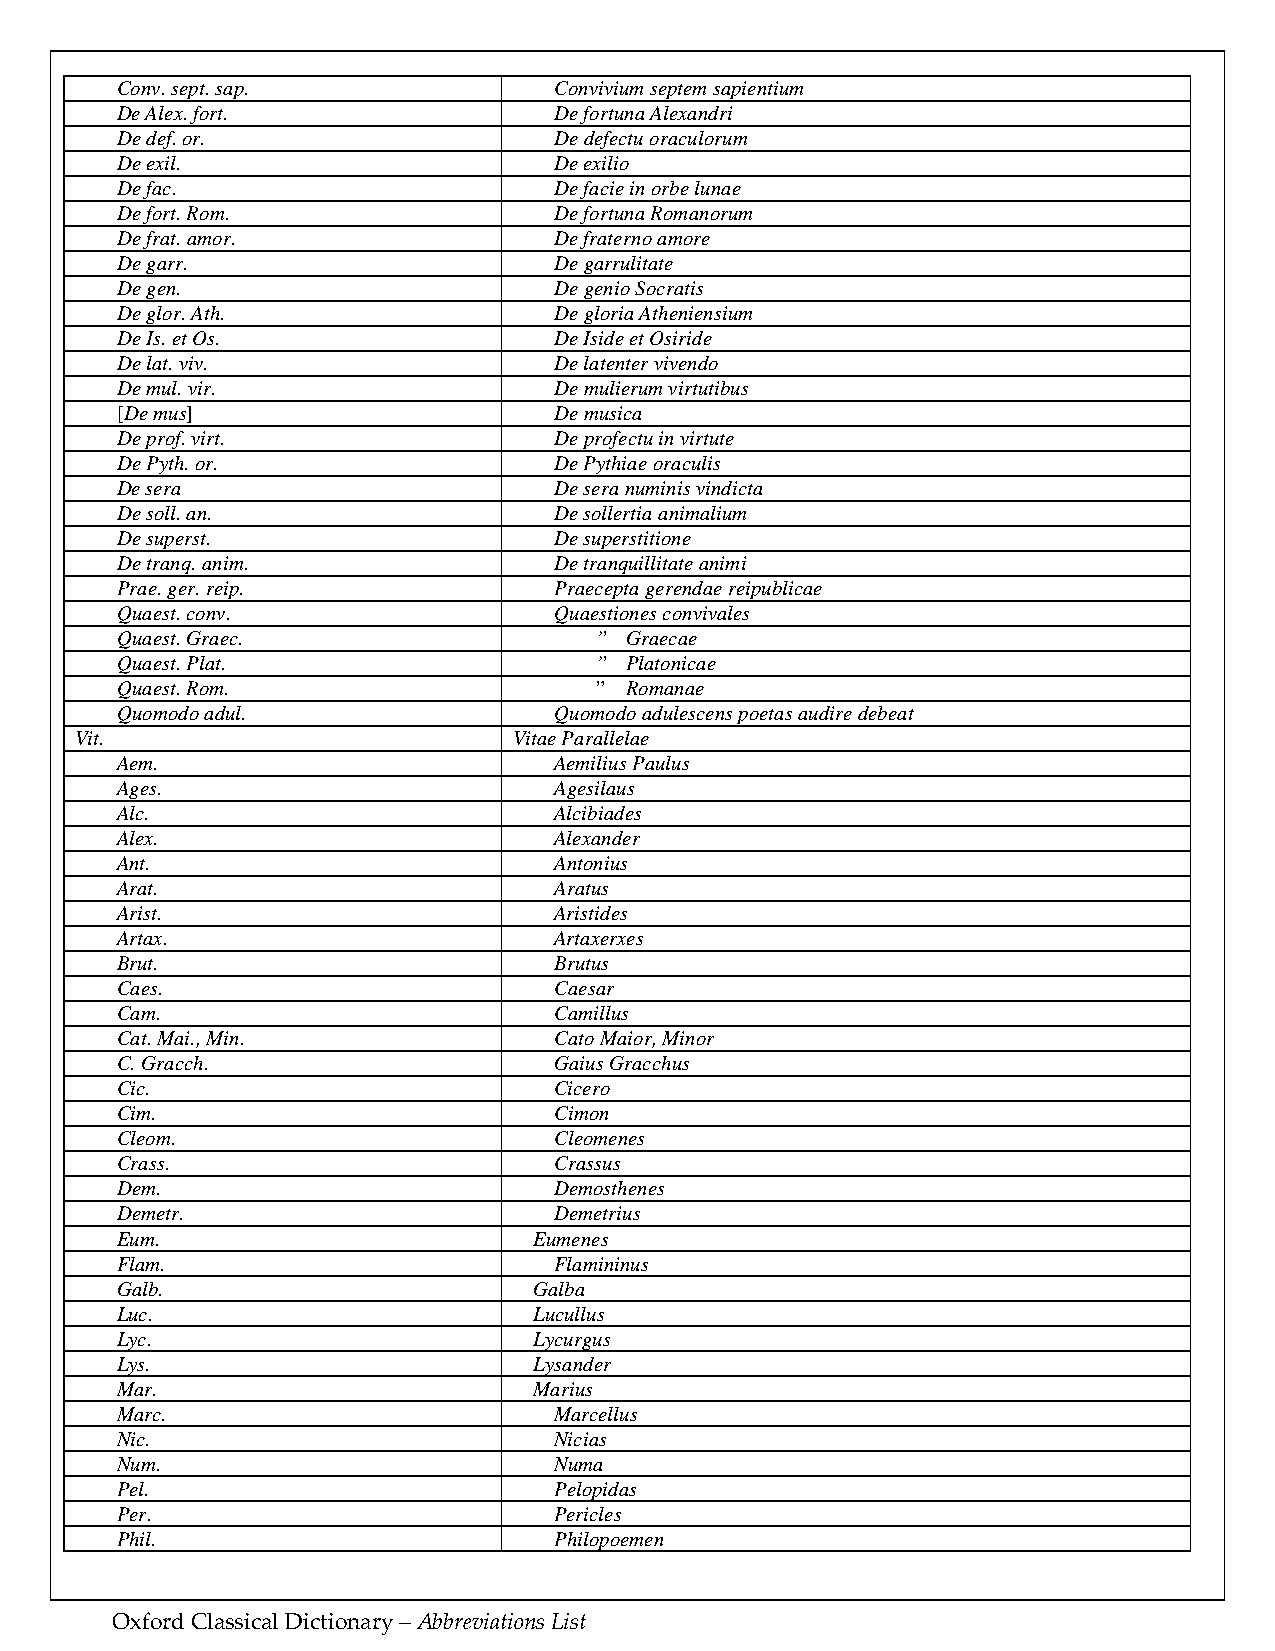
Conv. sept. sap.             Convivium septem sapientium
 De Alex. fort.               De fortuna Alexandri
 De def. or.                  De defectu oraculorum
 De exil.                     De exilio
 De fac.                      De facie in orbe lunae
 De fort. Rom.                De fortuna Romanorum
 De frat. amor.               De fraterno amore
 De garr.                     De garrulitate
 De gen.                      De genio Socratis
 De glor. Ath.                De gloria Atheniensium
 De Is. et Os.                De Iside et Osiride
 De lat. viv.                 De latenter vivendo
 De mul. vir.                 De mulierum virtutibus
 [De mus]                     De musica
 De prof. virt.               De profectu in virtute
 De Pyth. or.                 De Pythiae oraculis
 De sera                      De sera numinis vindicta
 De soll. an.                 De sollertia animalium
 De superst.                  De superstitione
 De tranq. anim.              De tranquillitate animi
 Prae. ger. reip.             Praecepta gerendae reipublicae
 Quaest. conv.                Quaestiones convivales
 Quaest. Graec.                 ” Graecae
 Quaest. Plat.                  ” Platonicae
 Quaest. Rom.                   ” Romanae
 Quomodo adul.                Quomodo adulescens poetas audire debeat
 Vit.                         Vitae Parallelae
 Aem.                         Aemilius Paulus
 Ages.                        Agesilaus
 Alc.                         Alcibiades
 Alex.                        Alexander
 Ant.                         Antonius
 Arat.                        Aratus
 Arist.                       Aristides
 Artax.                       Artaxerxes
 Brut.                        Brutus
 Caes.                        Caesar
 Cam.                         Camillus
 Cat. Mai., Min.              Cato Maior, Minor
 C. Gracch.                   Gaius Gracchus
 Cic.                         Cicero
 Cim.                         Cimon
 Cleom.                       Cleomenes
 Crass.                       Crassus
 Dem.                         Demosthenes
 Demetr.                      Demetrius
 Eum.                       Eumenes
 Flam.                        Flamininus
 Galb.                      Galba
 Luc.                       Lucullus
 Lyc.                       Lycurgus
 Lys.                       Lysander
 Mar.                       Marius
 Marc.                        Marcellus
 Nic.                         Nicias
 Num.                         Numa
 Pel.                         Pelopidas
 Per.                         Pericles
 Phil.                        Philopoemen
 Oxford Classical Dictionary – Abbreviations List